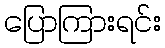
ပြောကြားရင်း